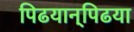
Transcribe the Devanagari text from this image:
पिढयान्‌पिढया